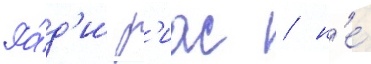
Ра́д'и р'иас / н'е́